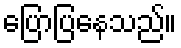
ပြောပြနေသည်။